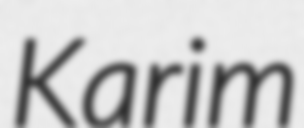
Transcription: Karim